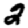
Digit: 2